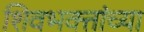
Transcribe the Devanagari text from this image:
शिवभक्तांच्या